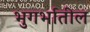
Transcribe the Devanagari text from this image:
भुगर्भातील